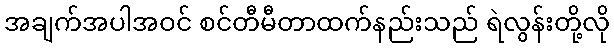
အချက်အပါအဝင် စင်တီမီတာထက်နည်းသည် ရဲလွန်းတို့လို